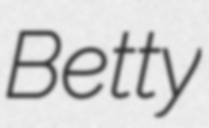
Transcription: Betty